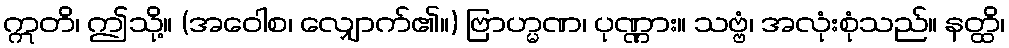
ဣတိ၊ ဤသို့။ (အဝေါစ၊ လျှောက်၏။) ဗြာဟ္မဏ၊ ပုဏ္ဏား။ သဗ္ဗံ၊ အလုံးစုံသည်။ နတ္ထိ၊